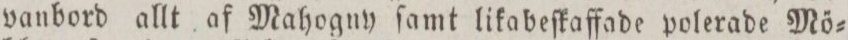
vanbord allt af Mahogny ſamt likabeſkaffade polerade Mö=